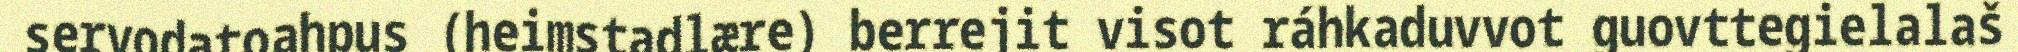
servodatoahpus (heimstadlære) berrejit visot ráhkaduvvot guovttegielalaš